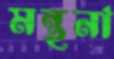
মন্থনা